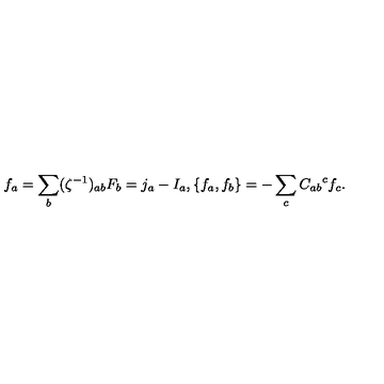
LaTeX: f _ { a } = \sum _ { b } ( \zeta ^ { - 1 } ) _ { a b } F _ { b } = j _ { a } - I _ { a } , \{ f _ { a } , f _ { b } \} = - \sum _ { c } { C _ { a b } } ^ { c } f _ { c } .